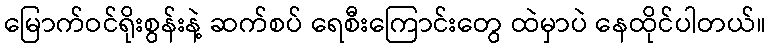
မြောက်ဝင်ရိုးစွန်းနဲ့ ဆက်စပ် ရေစီးကြောင်းတွေ ထဲမှာပဲ နေထိုင်ပါတယ်။